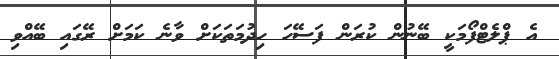
އެ ޕްލެޓްފޯމަކީ ބޭނުން ކުރަން ފަސޭހަ ހިދުމަތަކަށް ވާނެ ކަމަށް ރޭގައި ބޭއްވި